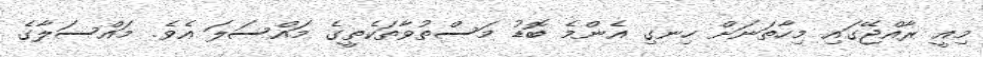
މިއީ ރާއްޖޭގައި މިހާތަނަށް ހިނގި އެންމެ ބޮޑު މަސްތުވާތަކެތީގެ މައްސަލަ އެވެ. މައްސަލާގެ